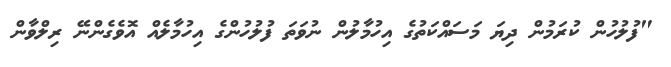
"ފުލުހުން ކުރަމުން ދިޔަ މަސައްކަތުގެ އިހުމާލުން ނުވަތަ ފުލުހުންގެ އިހުމާލެއް އޮވެގެންނޭ ރިލްވާން